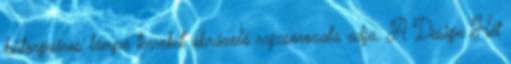
bútorgyáros lámpa terveket ábrázoló rajzsorozata adja. A Design Hét